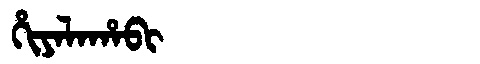
Manchu: ᡥᡳᠶᠠᠯᠠᡥᠠᠪᡳ
Romanization: HIYALAHABI